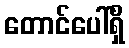
တောင်ပေါ်ရှိ